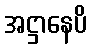
အဋ္ဌာနေပိ